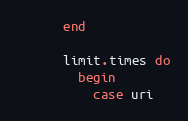
Language: Ruby
      end

      limit.times do
        begin
          case uri